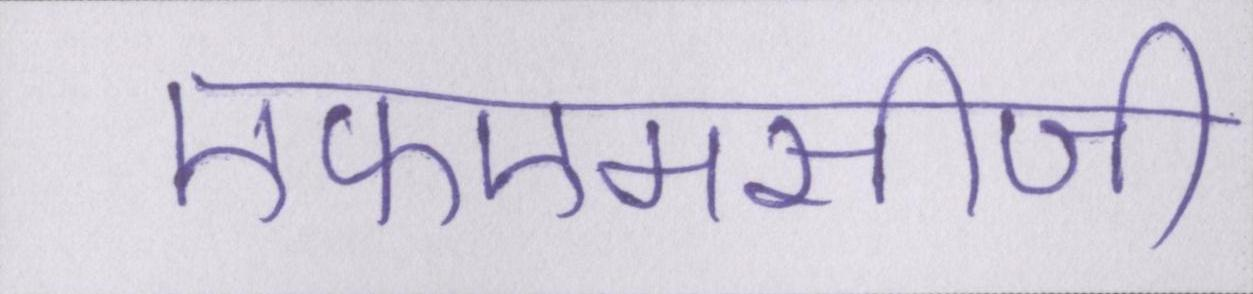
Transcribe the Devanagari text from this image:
एफएमसीजी